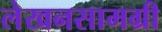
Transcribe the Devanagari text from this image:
लेखनसामग्री